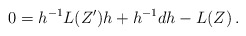
\begin{align*}0 = h^{-1} L(Z') h + h^{-1}dh - L(Z)\,.\end{align*}